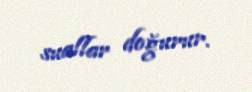
suallar doğurur.